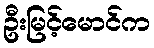
ဦးမြင့်မောင်က